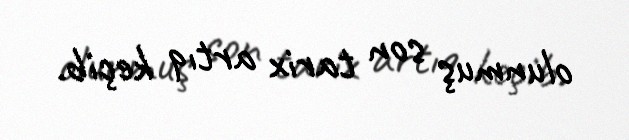
olunmuş son tarix artıq keçib.